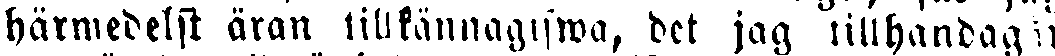
härmedelst äran tillkännagifwa, det jag tillhandag n